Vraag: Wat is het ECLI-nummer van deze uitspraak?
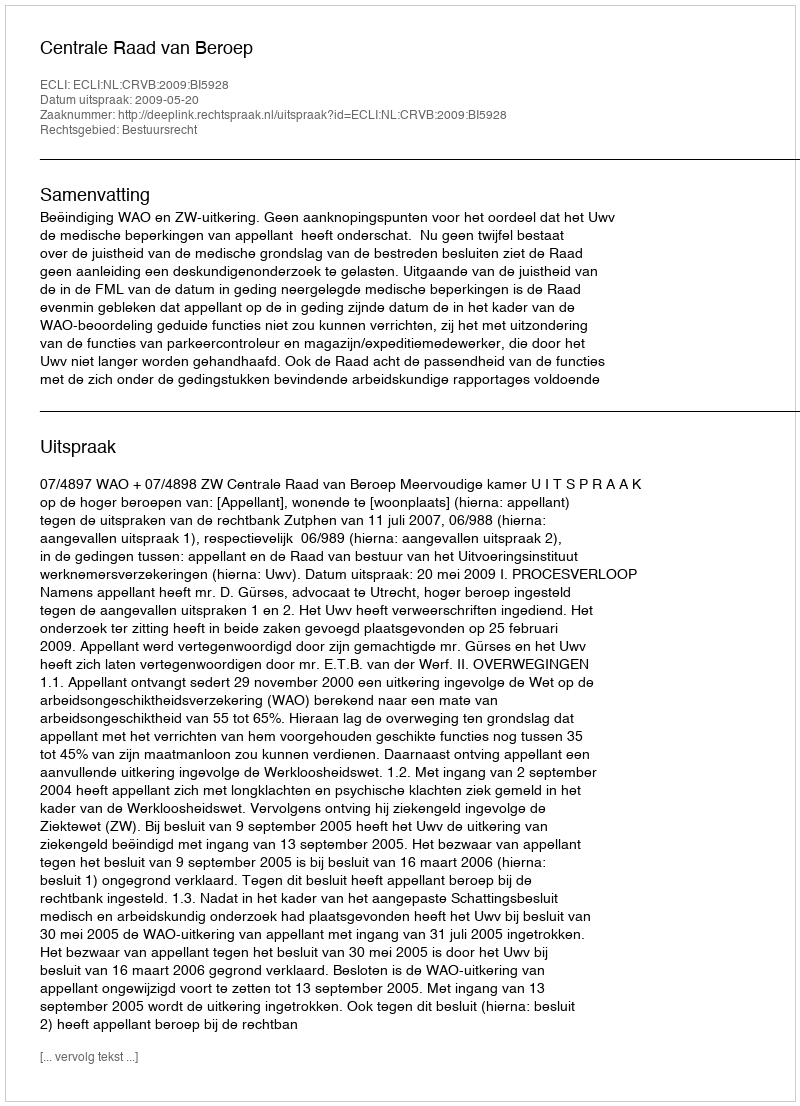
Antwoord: ECLI:NL:CRVB:2009:BI5928